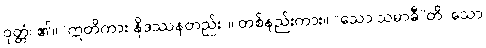
ဝုတ္တံ၊ ၏။ (ဣတိကား နိဒဿနတည်း)။ တစ်နည်းကား။ “သော သမာဓီ”တိ၊ သော